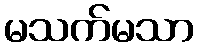
မသက်မသာ